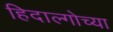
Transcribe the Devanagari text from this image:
हिदाल्गोच्या